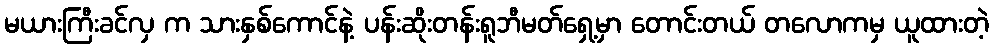
မယားကြီးခင်လှ က သားနှစ်ကောင်နဲ့ ပန်းဆိုးတန်းရူဘီမတ်ရှေ့မှာ တောင်းတယ် တလောကမှ ယူထားတဲ့